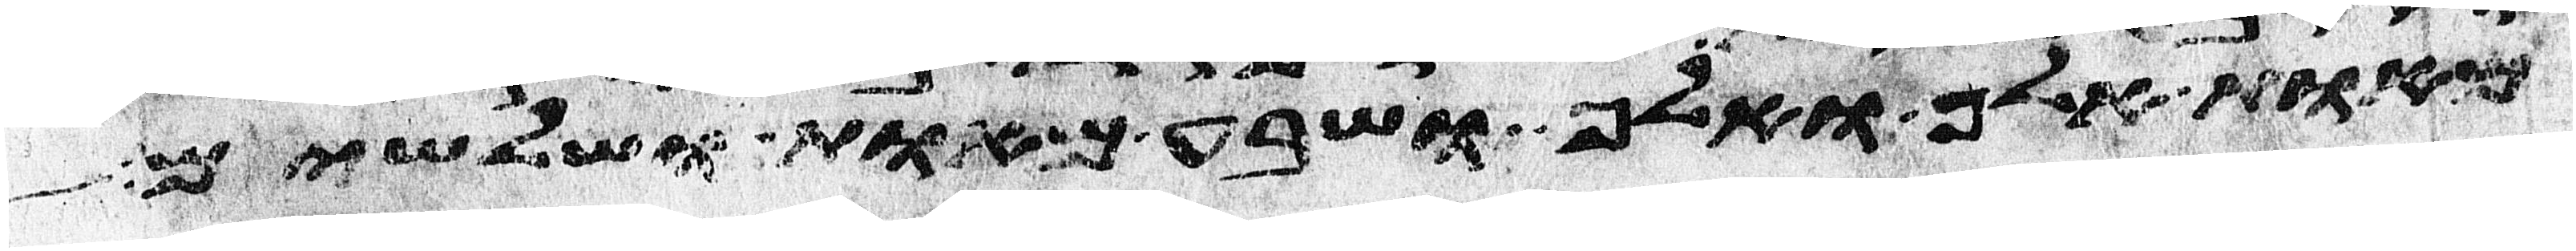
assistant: מאות אלף ואלף ושבע מאות ושלשים